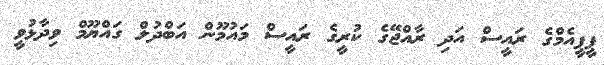
ޕީޕީއެމްގެ ރައީސް އަދި ރާއްޖޭގެ ކުރީގެ ރައީސް މައުމޫން އަބްދުލް ގައްޔޫމް ވިދާޅުވީ